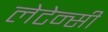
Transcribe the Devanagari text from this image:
लेटेन्सी